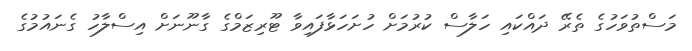
މަސްތުވަހުގެ ތެރޭ ދައްކައި ހަލާސް ކުރުމަށް ހުށަހަޅާފައިވާ ޓޫރިޒަމްގެ ގާނޫނަށް އިސްލާހު ގެނައުމުގެ